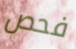
فحص